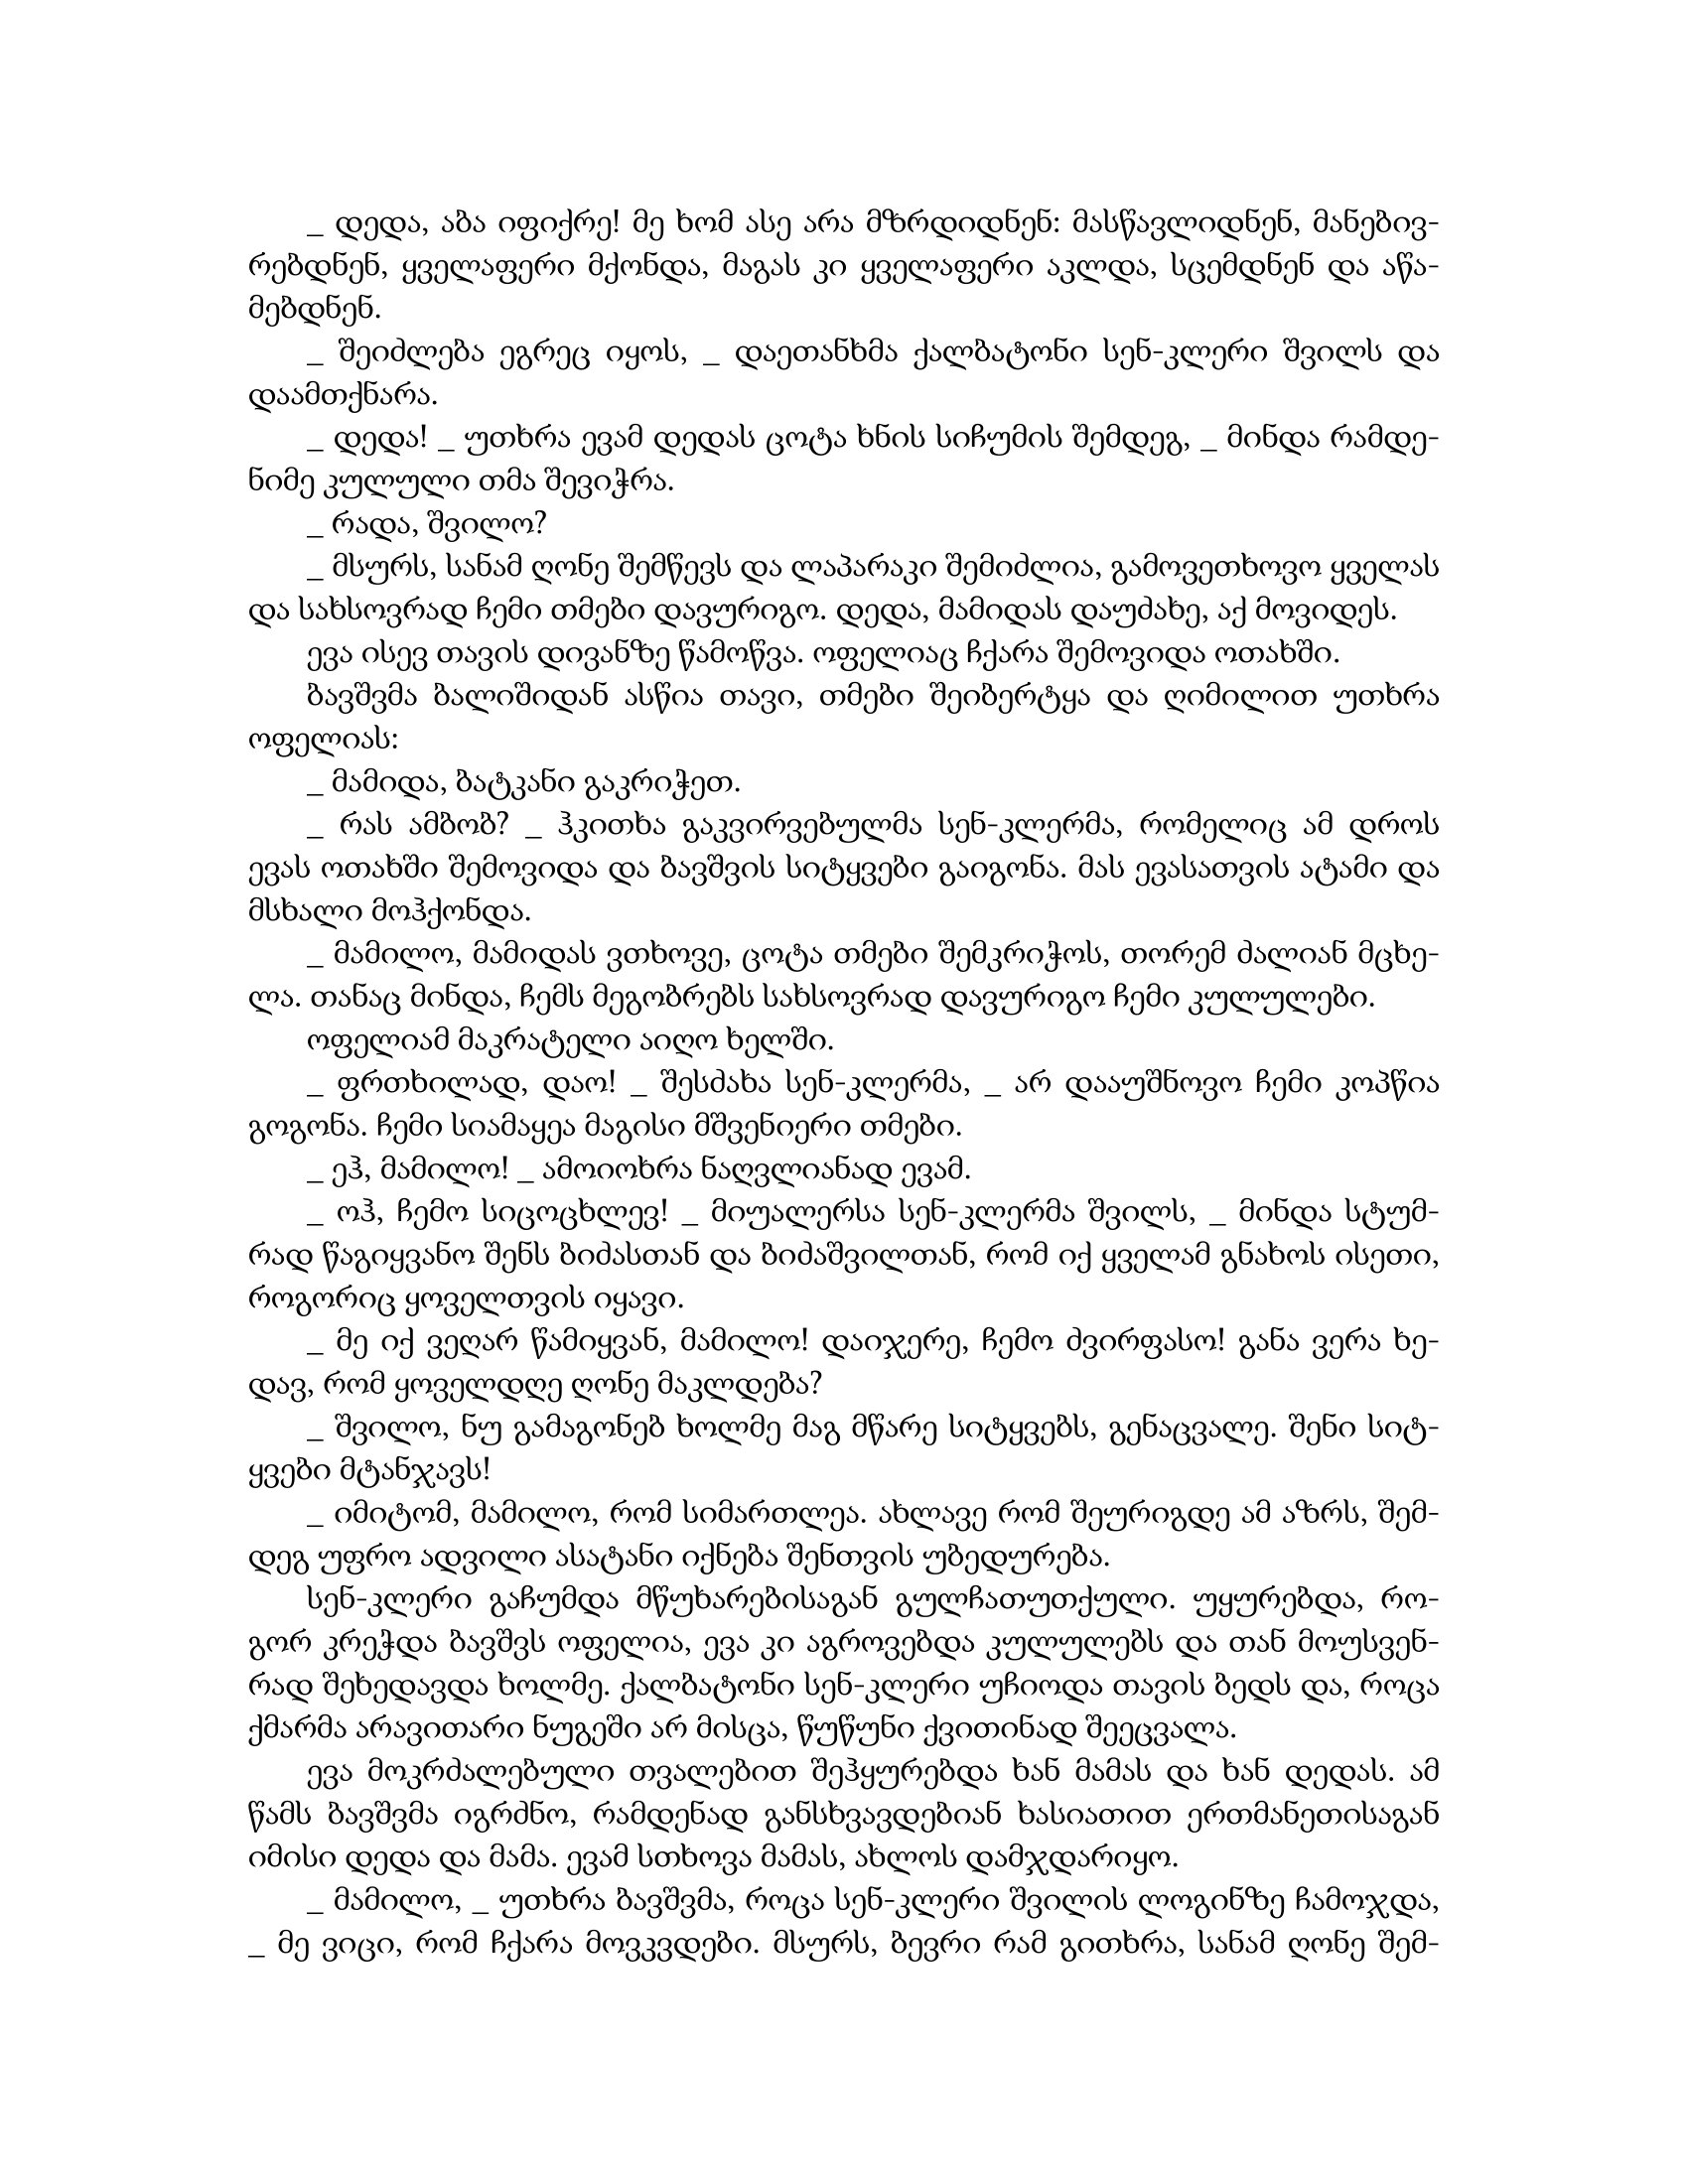
Language: gr